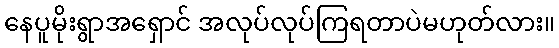
နေပူမိုးရွာအရှောင် အလုပ်လုပ်ကြရတာပဲမဟုတ်လား။